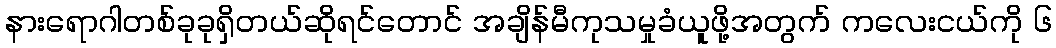
နားရောဂါတစ်ခုခုရှိတယ်ဆိုရင်တောင် အချိန်မီကုသမှုခံယူဖို့အတွက် ကလေးငယ်ကို ၆